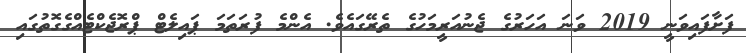
ފަށާފައިވަނީ 2019 ވަނަ އަހަރުގެ ޖެނުއަރީމަހުގެ ތެރޭގައެވެ. އެންމެ ފުރަތަމަ ޕައިލެޓް ޕްރޮޖެކްޓެއްގެގޮތުގައި